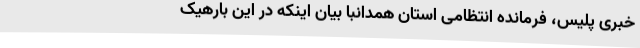
خبری پلیس، فرمانده انتظامی استان همدانبا بیان اینکه در این بارهیک